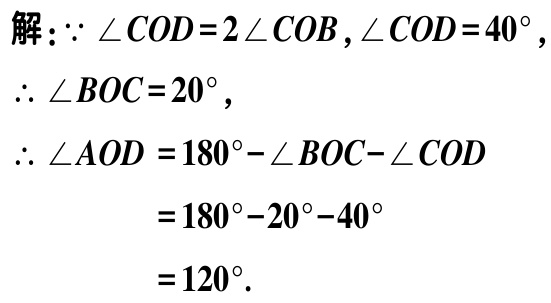
解：\(\because \angle COD = 2\angle COB,\angle COD = 40^{\circ}\)，
\(\therefore \angle BOC = 20^{\circ}\)，
\(\therefore \angle AOD = 180^{\circ}-\angle BOC - \angle COD\)
\(= 180^{\circ}-20^{\circ}-40^{\circ}\)
\(= 120^{\circ}\).